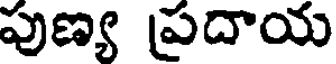
పుణ్య ప్రదాయ